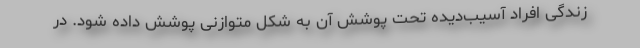
زندگی افراد آسیب‌دیده تحت پوشش آن به شکل متوازنی پوشش داده شود. در